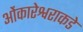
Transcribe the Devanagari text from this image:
ओंकारेश्वराकडे